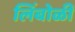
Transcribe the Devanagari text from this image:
लिंबोळी